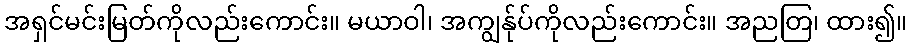
အရှင်မင်းမြတ်ကိုလည်းကောင်း။ မယာဝါ၊ အကျွန်ုပ်ကိုလည်းကောင်း။ အညတြ၊ ထား၍။